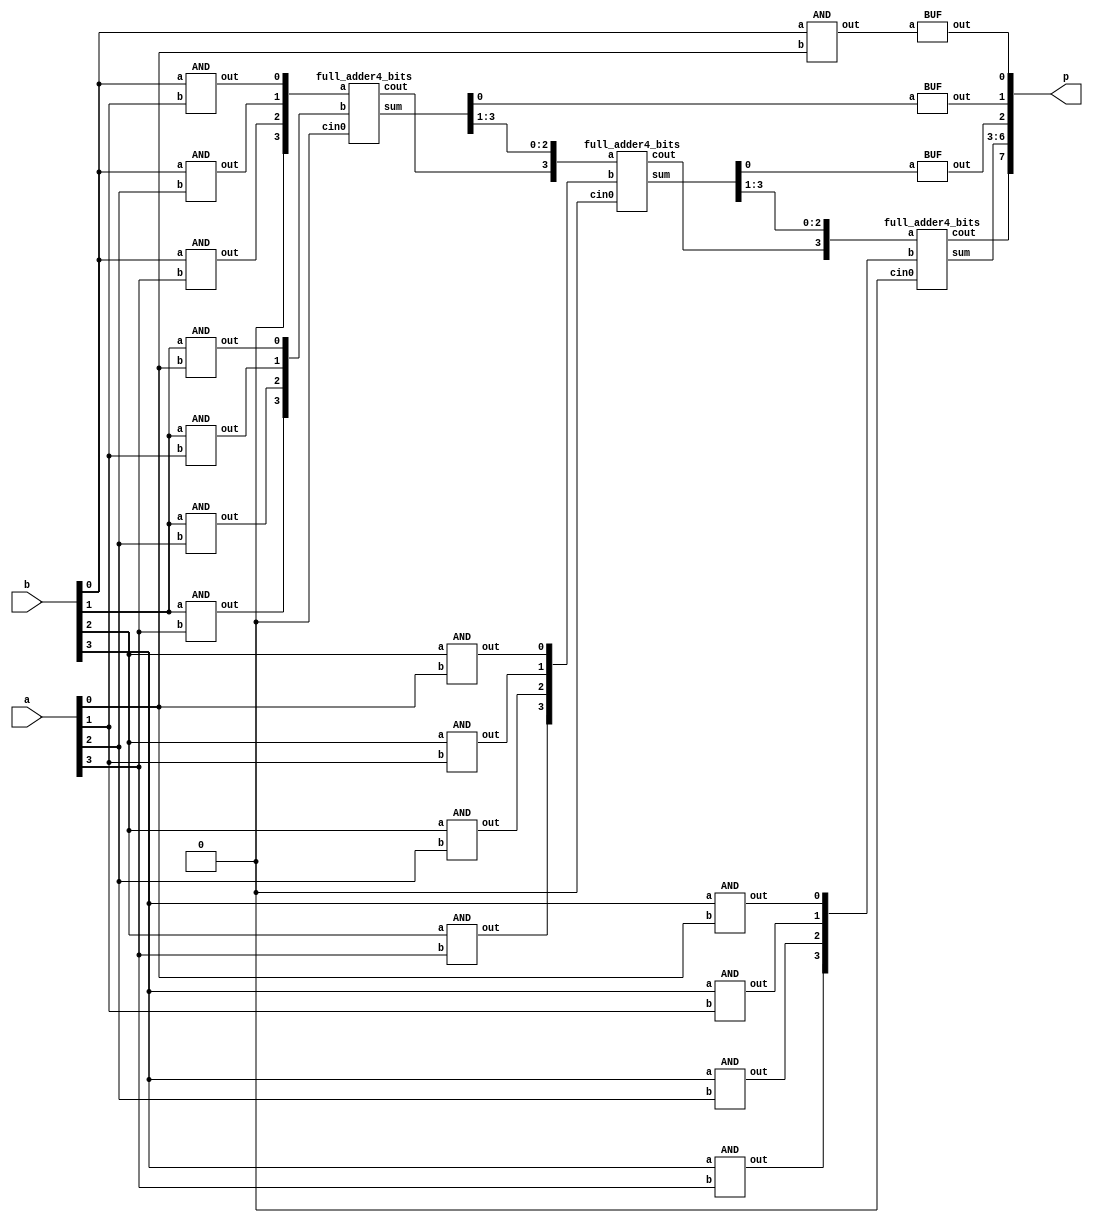
`timescale 1ns/1ps

module Multiplier_4bit(a, b, p);
input [3:0] a, b;
output [7:0] p;
wire [3:0] m0, m1, m2, m3;
wire [3:0] sum0, sum1;
wire cout0, cout1;
AND a0[3:0] ({b[0], b[0], b[0], b[0]}, a, m0);
BUF b0(m0[0], p[0]);

AND a1[3:0] ({b[1], b[1], b[1], b[1]}, a, m1);
full_adder4_bits fa0({1'b0 ,m0[3:1]}, m1, 1'b0, sum0, cout0);
BUF b1(sum0[0], p[1]);

AND a2[3:0] ({b[2], b[2], b[2], b[2]}, a, m2);
full_adder4_bits fa1({cout0, sum0[3:1]}, m2, 1'b0, sum1, cout1);
BUF b2(sum1[0], p[2]);

AND a3[3:0] ({b[3], b[3], b[3], b[3]}, a, m3);
full_adder4_bits fa2({cout1, sum1[3:1]}, m3, 1'b0, p[6:3], p[7]);

endmodule

module half_adder_1bit(a, b, cin, p, g);
input a, b, cin;
output p, g;
//propagating function
XOR x0(a, b, p);
//generating function
AND a0(a, b, g);
endmodule

module full_adder4_bits(a, b, cin0, sum, cout);
input [3:0] a, b;
input cin0;
output [3:0] sum;
output cout;
wire [3:0] cin, p, g;
BUF b0(cin0, cin[0]);
half_adder_1bit ha[3:0] (a, b, cin, p, g);
calculate_sum cs[3:0] (cin, p, sum);
CLA_Gen4_bits CLA(p, g, cin[0], cin[3:1], cout);
endmodule

module calculate_sum(cin, p, sum);
input cin, p;
output sum;
XOR x0(cin, p, sum);
endmodule

module CLA_Gen4_bits(p, g, cin0, outc, cout);
input [3:0] p, g;
input cin0;
output [2:0] outc;
output cout;
wire [9:0] tmp;

AND a0(p[0], cin0, tmp[0]);
OR or0(tmp[0], g[0], outc[0]);

AND a1(p[1], g[0], tmp[1]);
AND_3bits a2(cin0, p[0], p[1], tmp[2]);
OR_3bits or1(tmp[1], tmp[2], g[1], outc[1]);

AND a3(p[2], g[1], tmp[3]);
AND_3bits a4(p[2], p[1], g[0], tmp[4]);
AND_4bits a5(cin0, p[0], p[1], p[2], tmp[5]);
OR_4bits or2(tmp[3], tmp[4], tmp[5], g[2], outc[2]);

AND a6(p[3], g[2], tmp[6]);
AND_3bits a7(p[3], p[2], g[1], tmp[7]);
AND_4bits a8(p[3], p[2], p[1], g[0], tmp[8]);
AND_5bits a9(p[3], p[2], p[1], p[0], cin0, tmp[9]);
OR_5bits or3(tmp[6], tmp[7], tmp[8], tmp[9], g[3], cout);

endmodule

module BUF(a, out);
input a;
output out;
wire tmp;
NOT n0(a, tmp);
NOT n1(tmp, out);
endmodule

module NOT(a, out);
input a;
output out;
nand not0(out, a, a);
endmodule

module XOR(a, b, out);
input a, b;
output out;
wire a_inv, b_inv, temp0, temp1;
NOT not0(a, a_inv);
NOT not1(b, b_inv);
AND and0(a, b_inv, temp0);
AND and1(a_inv, b, temp1);
OR or0(temp0, temp1, out);
endmodule

module OR(a, b, out);
input a, b;
output out;
wire temp1, temp2;
nand or0(temp1, a, a);
nand or1(temp2, b, b);
nand or2(out, temp1, temp2);
endmodule

module OR_3bits(a, b, c, out);
input a, b, c;
output out;
wire temp1;
OR or0(a, b, temp1);
OR or1(temp1, c, out);
endmodule

module OR_4bits(a, b, c, d, out);
input a, b, c, d;
output out;
wire temp1;
OR_3bits or0(a, b, c, temp1);
OR or1(temp1, d, out);
endmodule

module OR_5bits(a, b, c, d, e, out);
input a, b, c, d, e;
output out;
wire temp1;
OR_4bits or0(a, b, c, d, temp1);
OR or1(temp1, e, out);
endmodule

module AND(a, b, out);
input a, b;
output out;
wire temp0;
nand and0(temp0, a, b);
nand and1(out, temp0, temp0);
endmodule

module AND_3bits(a, b, c, out);
input a, b, c;
output out;
wire tmp;
AND a0(a, b, tmp);
AND a1(tmp, c, out);
endmodule

module AND_4bits(a, b, c, d, out);
input a, b, c, d;
output out;
wire tmp;
AND_3bits a0 (a, b, c, tmp);
AND a1 (tmp, d, out); 
endmodule

module AND_5bits(a, b, c, d, e, out);
input a, b, c, d, e;
output out;
wire tmp;
AND_4bits a0 (a, b, c, d, tmp);
AND a1(tmp, e, out);
endmodule